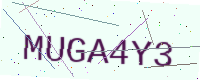
Text: MUGA4Y3